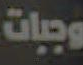
وجبات